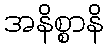
အနိစ္စာနိ